Indian journal of veterinary science and animal husbandry - Volumes 26-27, 1956-1957
Year: 1956
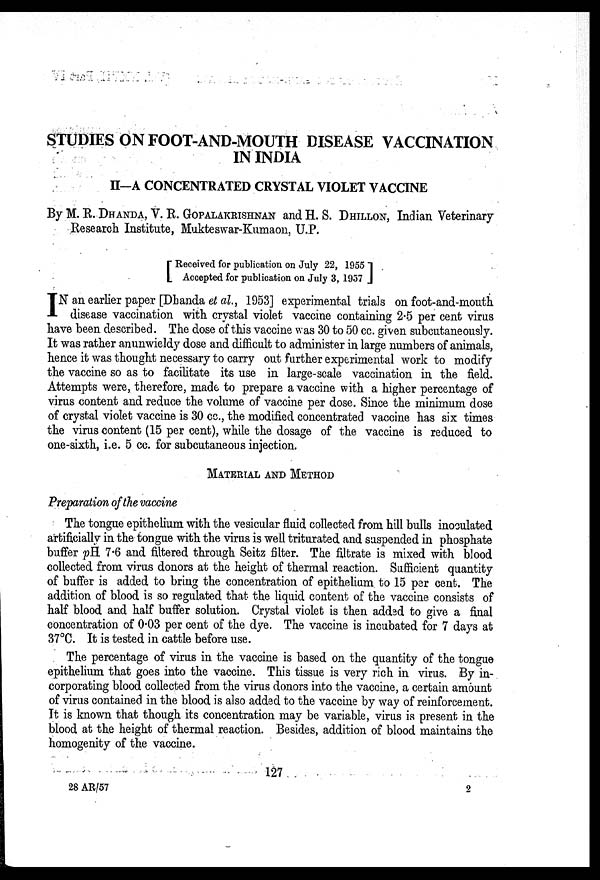
STUDIES ON FOOT-AND-MOUTH DISEASE VACCINATION
IN INDIA
II-A CONCENTRATED CRYSTAL VIOLET VACCINE
By M. R. DHANDA, V. R. GOPALAKRISHNAN and H. S. DHILLON, Indian Veterinary
Research Institute, Mukteswar-Kumaon, U.P.
[ Received for publication on July 22, 1955
Accepted for publication on July 3, 1957]
I N an earlier paper [Dhanda et al., 1953] experimental trials on foot-and-mouth
disease vaccination with crystal violet vaccine containing 2.5 per cent virus
have been described. The dose of this vaccine was 30 to 50 cc. given subcutaneously.
It was rather anunwieldy dose and difficult to administer in large numbers of animals,
hence it was thought necessary to carry out further experimental work to modify
the vaccine so as to facilitate its use in large-scale vaccination in the field.
Attempts were, therefore, made to prepare a vaccine with a higher percentage of
virus content and reduce the volume of vaccine per dose. Since the minimum dose
of crystal violet vaccine is 30 cc., the modified concentrated vaccine has six times
the virus content (15 per cent), while the dosage of the vaccine is reduced to
one-sixth, i.e. 5 cc. for subcutaneous injection.
MATERIAL AND METHOD
Preparation of the vaccine
The tongue epithelium with the vesicular fluid collected from hill bulls inoculated
artificially in the tongue with the virus is well triturated and suspended in phosphate
buffer pH 7.6 and filtered through Seitz filter. The filtrate is mixed with blood
collected from virus donors at the height of thermal reaction. Sufficient quantity
of buffer is added to bring the concentration of epithelium to 15 per cent. The
addition of blood is so regulated that the liquid content of the vaccine consists of
half blood and half buffer solution. Crystal violet is then added to give a final
concentration of 0.03 per cent of the dye. The vaccine is incubated for 7 days at
37°C. It is tested in cattle before use.
The percentage of virus in the vaccine is based on the quantity of the tongue
epithelium that goes into the vaccine. This tissue is very rich in virus. By in-
corporating blood collected from the virus donors into the vaccine, a certain amount
of virus contained in the blood is also added to the vaccine by way of reinforcement.
It is known that though its concentration may be variable, virus is present in the
blood at the height of thermal reaction. Besides, addition of blood maintains the
homogenity of the vaccine.
127
28 AR/57